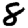
Digit: 8